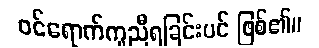
ဝင်ရောက်ကူညီရခြင်းပင် ဖြစ်၏။